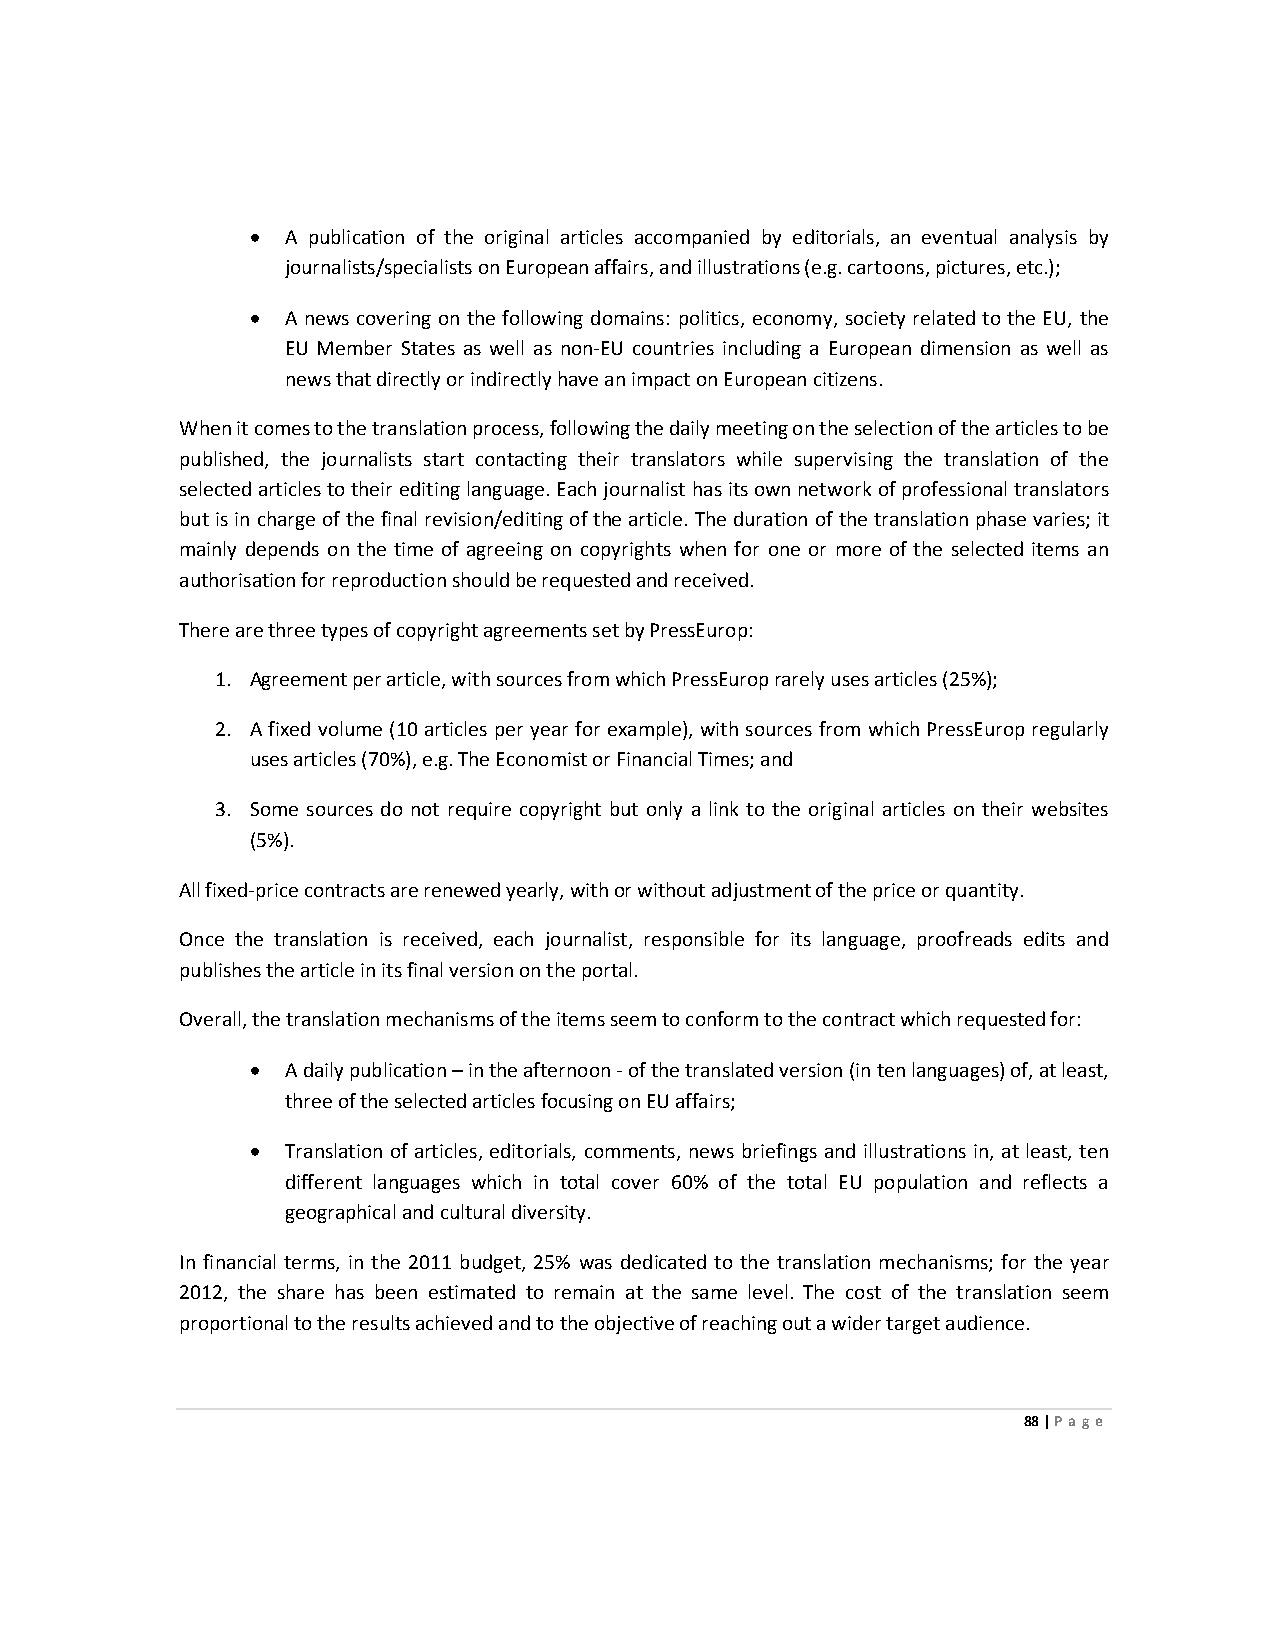
• A publication of the original articles accompanied by editorials, an eventual analysis by
 journalists/specialists on European affairs, and illustrations (e.g. cartoons, pictures, etc.);
 • A news covering on the following domains: politics, economy, society related to the EU, the
 EU Member States as well as non-EU countries including a European dimension as well as
 news that directly or indirectly have an impact on European citizens.
 When it comes to the translation process, following the daily meeting on the selection of the articles to be
 published, the journalists start contacting their translators while supervising the translation of the
 selected articles to their editing language. Each journalist has its own network of professional translators
 but is in charge of the final revision/editing of the article. The duration of the translation phase varies; it
 mainly depends on the time of agreeing on copyrights when for one or more of the selected items an
 authorisation for reproduction should be requested and received.
 There are three types of copyright agreements set by PressEurop:
 1. Agreement per article, with sources from which PressEurop rarely uses articles (25%);
 2. A fixed volume (10 articles per year for example), with sources from which PressEurop regularly
 uses articles (70%), e.g. The Economist or Financial Times; and
 3. Some sources do not require copyright but only a link to the original articles on their websites
 (5%).
 All fixed-price contracts are renewed yearly, with or without adjustment of the price or quantity.
 Once the translation is received, each journalist, responsible for its language, proofreads edits and
 publishes the article in its final version on the portal.
 Overall, the translation mechanisms of the items seem to conform to the contract which requested for:
 • A daily publication – in the afternoon - of the translated version (in ten languages) of, at least,
 three of the selected articles focusing on EU affairs;
 • Translation of articles, editorials, comments, news briefings and illustrations in, at least, ten
 different languages which in total cover 60% of the total EU population and reflects a
 geographical and cultural diversity.
 In financial terms, in the 2011 budget, 25% was dedicated to the translation mechanisms; for the year
 2012, the share has been estimated to remain at the same level. The cost of the translation seem
 proportional to the results achieved and to the objective of reaching out a wider target audience.
 88 | Page